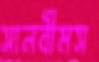
সানবীমস